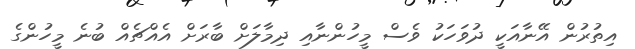
އިތުރުން އޭނާއަކީ ދުވަހަކު ވެސް މީހުންނާއި ދިމާލަށް ބާރަށް އެއްޗެއް ބުނެ މީހުންގެ